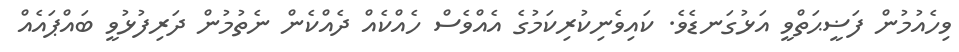
ވިހެއުމުން ފަޟީޙަތްވީ އަޅުގަނޑެވެ. ކައިވެނިކުރިކަމުގެ އެއްވެސް ހެއްކެއް ދެއްކެން ނެތުމުން ދަރިފުޅުވީ ބައްޕައެއް